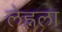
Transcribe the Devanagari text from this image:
लेह्नला